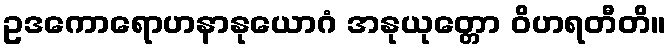
ဥဒကောရောဟနာနုယောဂံ အနုယုတ္တော ဝိဟရတီတိ။